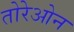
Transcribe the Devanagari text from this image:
तोरेओन